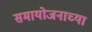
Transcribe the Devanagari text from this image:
समायोजनाच्या